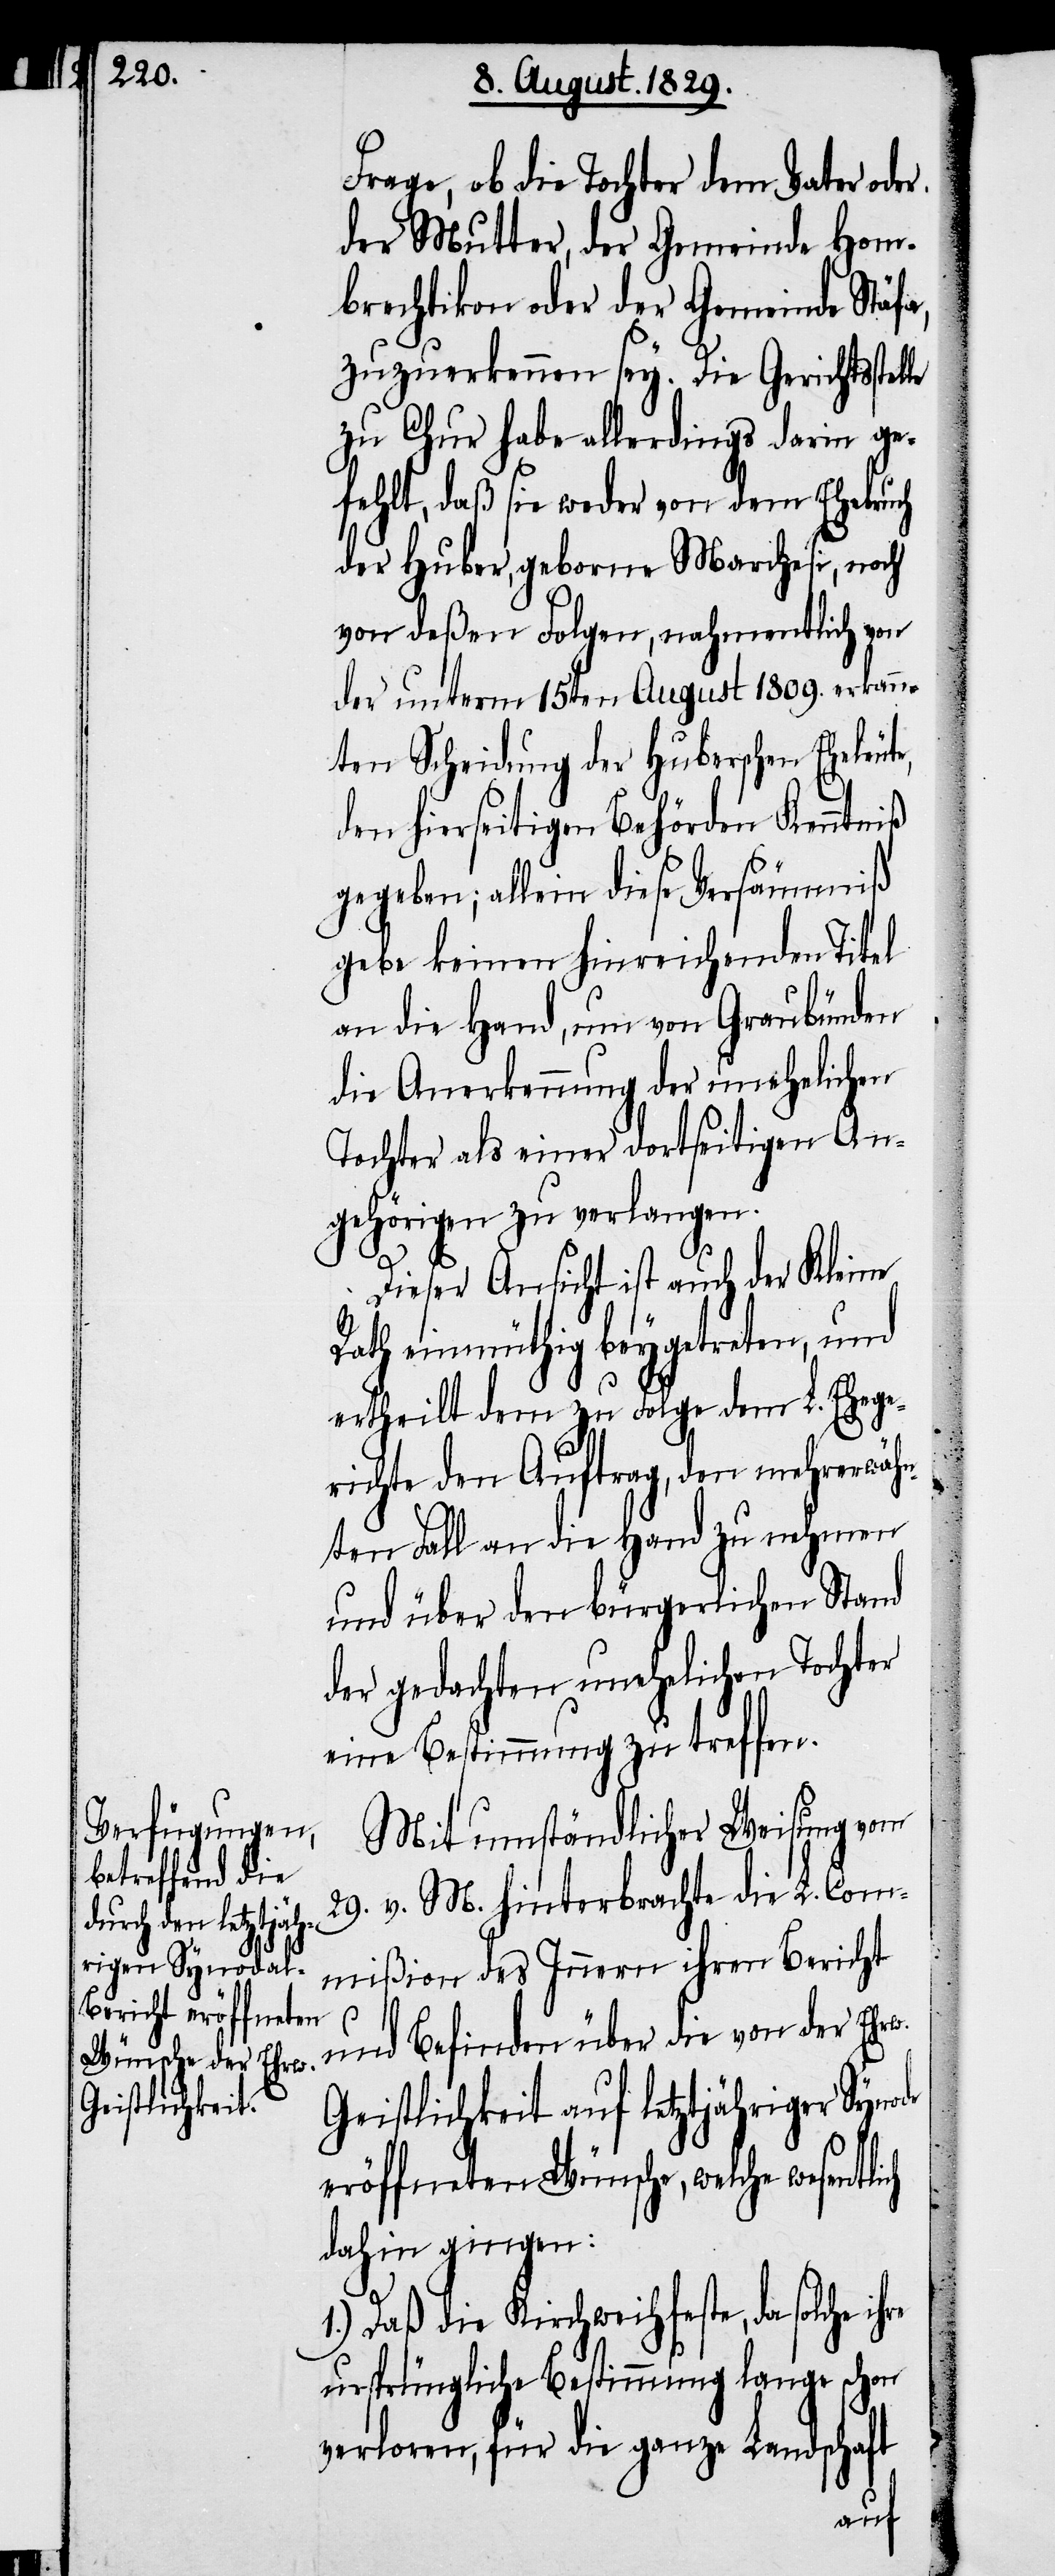
hre

Frage, ob die Tochter dem Vater oder
der Mutter, der Gemeinde Hom¬
brechtikon oder der Gemeinde Stäfa,
zuzuerkennen sey. Die Gerichtsstel¬
zu Chur habe allerdings darin ge¬
fehlt, daß sie weder von dem Ehebruch
der Huber, geborne Marchesi, noch
von deßen Folgen, nahmentlich von
der unterm 15ten August 1809. erkan¬
nten Scheidung der Huberschen Eheleut¬
den hierseitigen Behörden Kenntniß
gegeben; allein diese Versäumniß
gebe keinen hinreichenden Titel
an die Hand, um von Graubünden
die Anerkennung der unehelichen
Tochter als einer dortseitigen An¬
gehörigen zu verlangen.
Dieser Ansicht ist auch der Kleine
Rath einmüthig beygetreten, und
ertheilt dem zu Folge dem L. Ehege¬
richte den Auftrag, den mehrerwäh¬
nten Fall an die Hand zu nehmen
und über den bürgerlichen Stand
der gedachten unehelichen Tochter
eine Bestimmung zu treffen.
Mit umständlicher Weisung vom
29. v. M. hinterbrachte die L. Com¬
mißion des Innern ihren Bericht
und Befinden über die von der Ehrw.
Geistlichkeit auf letztjähriger Synode
eröffneten Wünsche, welche wesentlich
dahin gingen:
1.) Daß die Kirchweihfeste, da solche i¬
ursprüngliche Bestimmung lange schon
verloren, für die ganze Landschaft